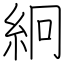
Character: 絅